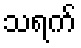
သရက်